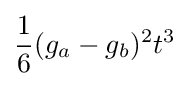
{\frac {1}{6}}(g_{a}-g_{b})^{2}t^{3}